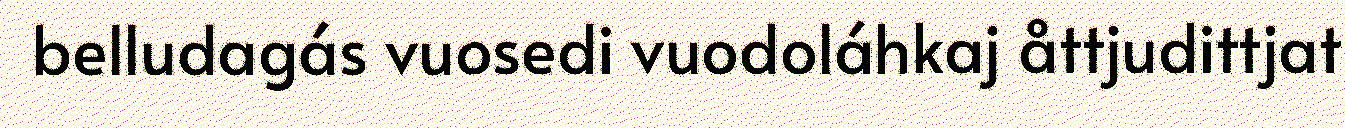
belludagás vuosedi vuodoláhkaj åttjudittjat